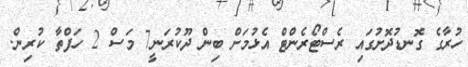
ހުރާގެ ގޮނޑުދޮށުގައި ރެސްޓޯރެންޓް އެޅުމަށް ބިން ދޫކުރަނީ7 މަސް 2 ހަފްތާ ކުރިން.